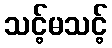
သင့်မသင့်